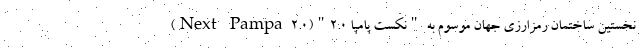
نخستین ساختمان رمزارزی جهان موسوم به "نکست پامپا ۲.۰"(Next Pampa ۲.۰)